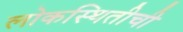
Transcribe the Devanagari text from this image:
लोकस्थितीची